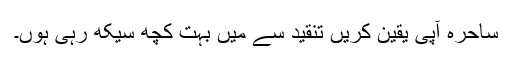
ساحرہ آپی یقین کریں تنقید سے میں بہت کچھ سیکھ رہی ہوں۔